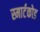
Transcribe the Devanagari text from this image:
स्मार्टकोड